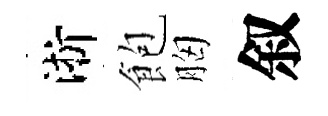
淅飽胸叙